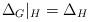
LaTeX: \begin{align*}\Delta_G |_H=\Delta_H\end{align*}